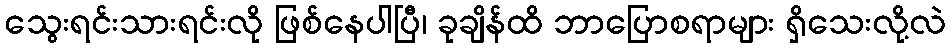
သွေးရင်းသားရင်းလို ဖြစ်နေပါပြီ၊ ခုချိန်ထိ ဘာပြောစရာများ ရှိသေးလို့လဲ